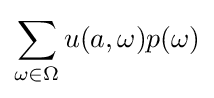
\sum _{\omega \in \Omega }u(a,\omega )p(\omega )